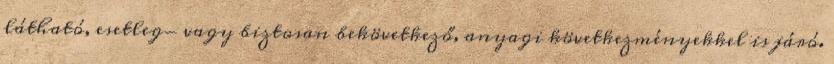
látható, esetleg- vagy biztosan bekövetkező, anyagi következményekkel is járó.